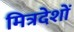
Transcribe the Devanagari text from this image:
मित्रदेशों